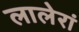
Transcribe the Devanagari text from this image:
लालेरां